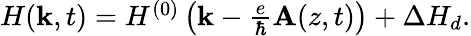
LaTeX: \begin{array}{r}{H({\mathbf k},t)=H^{(0)}\left({\mathbf k}-\frac{e}{\hbar}{\mathbf A}(z,t)\right)+\Delta H_{d}.}\end{array}